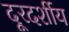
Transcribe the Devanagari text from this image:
दूरदर्शीय